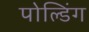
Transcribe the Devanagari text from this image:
पोल्डिंग